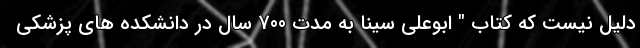
دلیل نیست که کتاب " ابوعلی سینا به مدت 700 سال در دانشکده های پزشکی